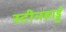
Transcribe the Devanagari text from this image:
स्टीनहार्ड्ट